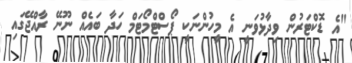
"އެ ޑޮކްޓަރުން ވިދާޅުވަނީ އެ މީހުންނަކީ ޕޯސްޓްމޯޓަމް ހަދާ ބައެއް ނޫނޭ ރާއްޖޭގައި